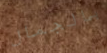
بالجمال